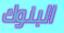
البنوك